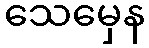
သေမှေန